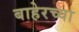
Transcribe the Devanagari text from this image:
बाहेरच्‍या